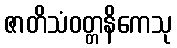
ဇာတိသံဝတ္တနိကေသု